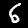
Digit: 6